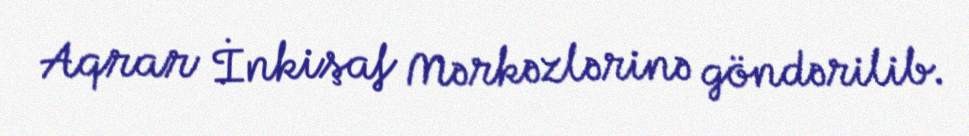
Aqrar İnkişaf Mərkəzlərinə göndərilib.